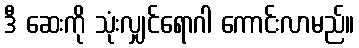
ဒီ ဆေးကို သုံးလျှင်ရောဂါ ကောင်းလာမည်။